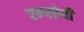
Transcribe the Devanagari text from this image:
एम्प्लोयी